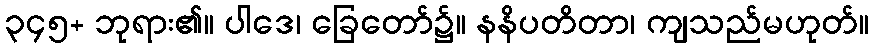
၃၄၅+ ဘုရား၏။ ပါဒေ၊ ခြေတော်၌။ နနိပတိတာ၊ ကျသည်မဟုတ်။